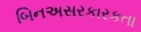
બિનઅસરકારકતા